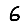
Digit: 6